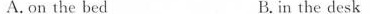
A. on the bed B.in the desk